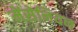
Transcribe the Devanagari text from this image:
मेंसेनियन